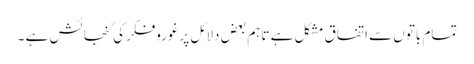
تمام باتوں سے اتفاق مشکل ہے تاہم بعض دلائل پرغوروفکرکی گنجائش ہے ۔